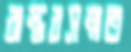
বাস্তবসম্মত